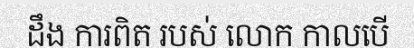
ដឹង ការពិត របស់ លោក កាលបើ